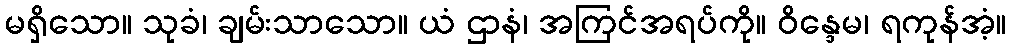
မရှိသော။ သုခံ၊ ချမ်းသာသော။ ယံ ဌာနံ၊ အကြင်အရပ်ကို။ ဝိန္ဒေမ၊ ရကုန်အံ့။